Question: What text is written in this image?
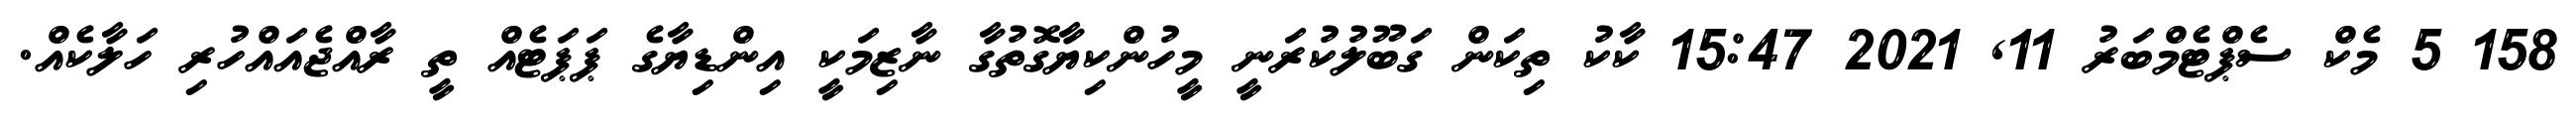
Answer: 158 5 މެކް ސެޕްޓެމްބަރު 11, 2021 15:47 ކާކު ތިކަން ގަބޫލުކުރަނީ މީހުންކިޔާގޮތުގާ ނާޒިމަކީ އިންޑިޔާގެ ޕަޕަޓެއް ތީ ރާއްޖެއައްހުރި ހަލާކެއް.